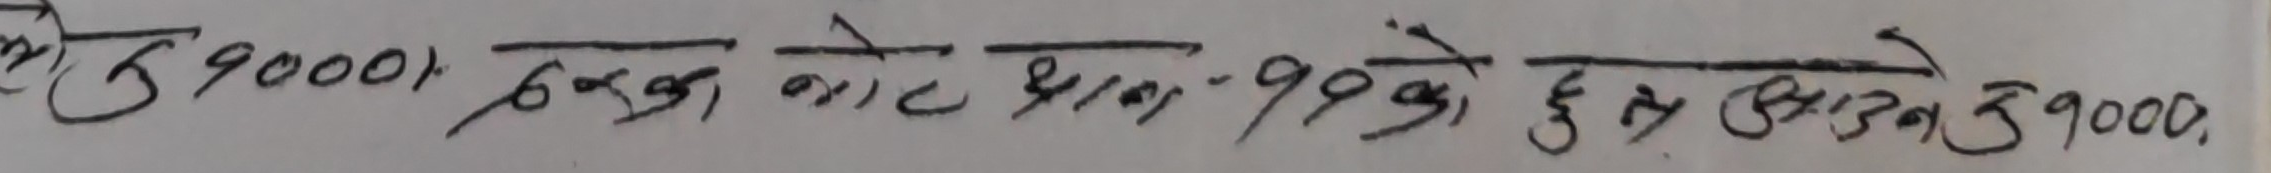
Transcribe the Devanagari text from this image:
मु ३१०००, त्यसका नोट थान, १९९ के ३६८३९०००.